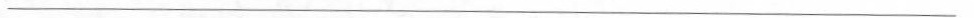
___